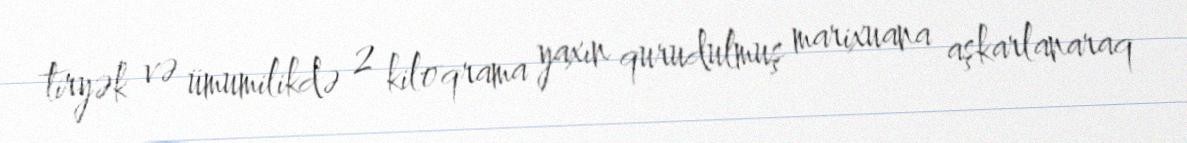
tiryək və ümumilikdə 2 kiloqrama yaxın qurudulmuş marixuana aşkarlanaraq